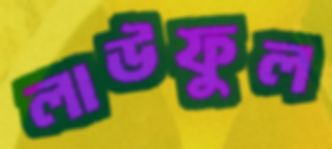
লাউফুল